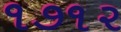
૧૭૧૨